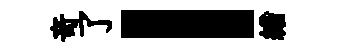
竒了！繒